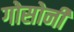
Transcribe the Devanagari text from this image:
गोसोनी